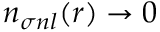
n _ { \sigma n l } ( r ) \to 0